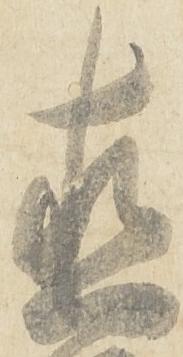
直